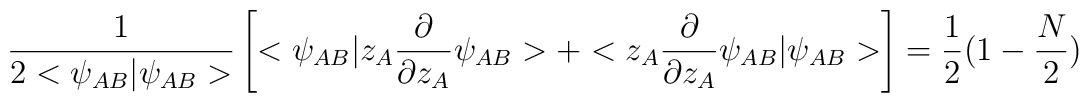
\frac{1}{2<\psi_{AB}|\psi_{AB}>}\left[ <\psi_{AB}|z_{A}\frac{\partial}{\partial z_{A}}\psi_{AB}>+<z_{A}\frac{\partial}{\partial z_{A}}\psi_{AB}|\psi_{AB}>\right]=\frac{1}{2}(1-\frac{N}{2})